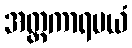
အတ္တကာရမယံ